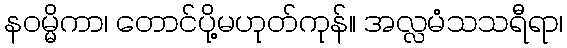
နဝမ္မိကာ၊ တောင်ပို့မဟုတ်ကုန်။ အလ္လမံသသရီရာ၊